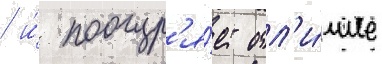
/ и́ поощр'я́ет отл'и́чие